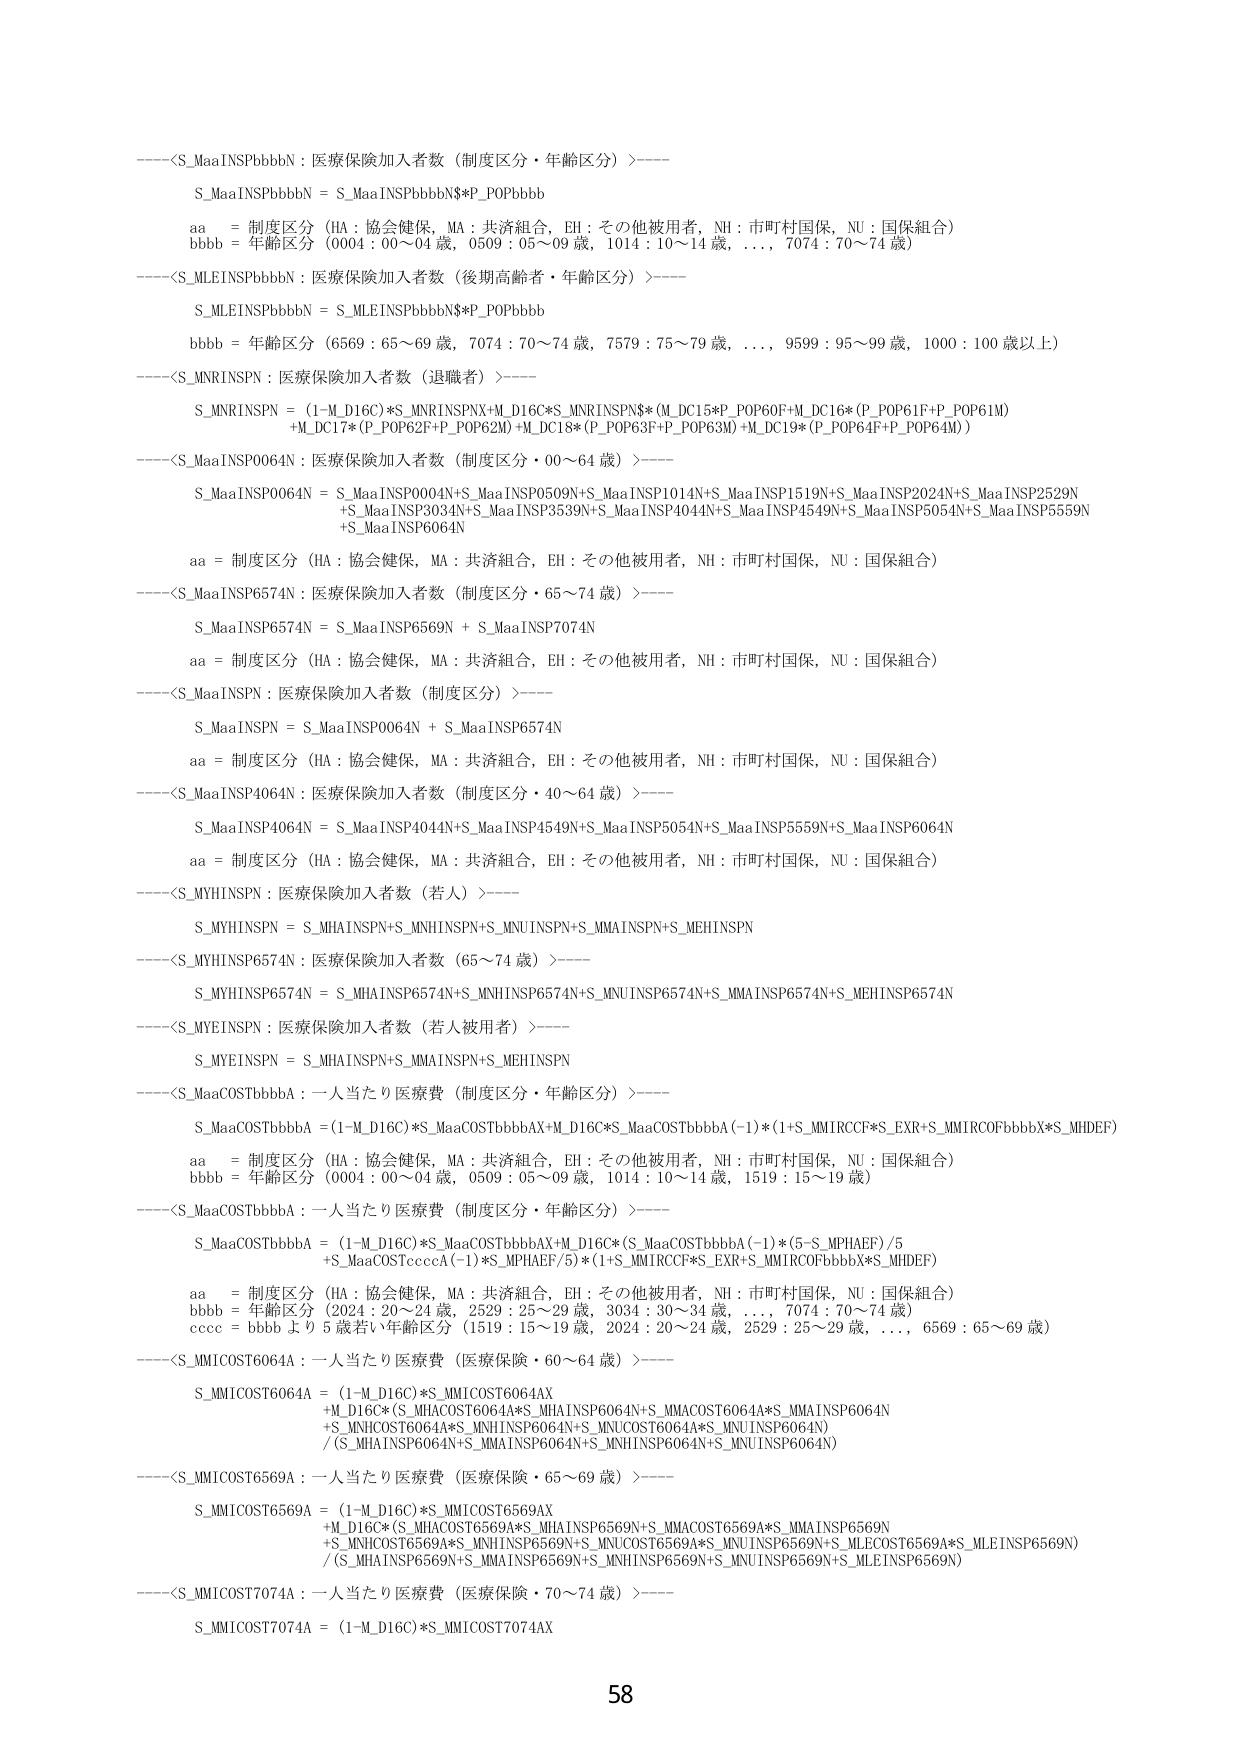
——<S_MaaINSPbbbbN：医疗保险加入者数（制度区分・年齢区分）>——
S_MaaINSPbbbbN = S_MaaINSPbbbbN$*P_POPbbbb
aa = 制度区分（HA：協会健保，MA：共済組合，EH：その他被用者，NH：市町村国保，NU：国保組合）
bbb = 年齢区分（0004：00～04歳，0509：05～09歳，1014：10～14歳，…，7074：70～74歳）

——<S_MLEINSPbbbbN：医疗保险加入者数（後期高齢者・年齢区分）>——
S_MLEINSPbbbbN = S_MLEINSPbbbbN$*P_POPbbbb
bbbb = 年齢区分（6569：65～69歳，7074：70～74歳，7579：75～79歳，…，9599：95～99歳，1000：100歳以上）

——<S_MNRINSPN：医疗保险加入者数（退職者）>——
S_MNRINSPN = (1-M_D16C)*S_MNRINSPNX+M_D16C*S_MNRINSPNS*(M_DC15*P_POP60F+M_DC16*(P_POP61F+P_POP61M)
+M_DC17*(P_POP62F+P_POP62M)+M_DC18*(P_POP63F+P_POP63M)+M_DC19*(P_POP64F+P_POP64M))

——<S_MaaINSP0064N：医疗保险加入者数（制度区分・00～64歳）>——
S_MaaINSP0064N = S_MaaINSP0004N+S_MaaINSP0509N+S_MaaINSP1014N+S_MaaINSP1519N+S_MaaINSP2024N+S_MaaINSP2529N
+S_MaaINSP3034N+S_MaaINSP3539N+S_MaaINSP4044N+S_MaaINSP4549N+S_MaaINSP5054N+S_MaaINSP5559N
+S_MaaINSP6064N
aa = 制度区分（HA：協会健保，MA：共済組合，EH：その他被用者，NH：市町村国保，NU：国保組合）

——<S_MaaINSP6574N：医疗保险加入者数（制度区分・65～74歳）>——
S_MaaINSP6574N = S_MaaINSP6569N + S_MaaINSP7074N
aa = 制度区分（HA：協会健保，MA：共済組合，EH：その他被用者，NH：市町村国保，NU：国保組合）

——<S_MaaINSPN：医疗保险加入者数（制度区分）>——
S_MaaINSPN = S_MaaINSP0064N + S_MaaINSP6574N
aa = 制度区分（HA：協会健保，MA：共済組合，EH：その他被用者，NH：市町村国保，NU：国保組合）

——<S_MaaINSP4064N：医疗保险加入者数（制度区分・40～64歳）>——
S_MaaINSP4064N = S_MaaINSP4044N+S_MaaINSP4549N+S_MaaINSP5054N+S_MaaINSP5559N+S_MaaINSP6064N
aa = 制度区分（HA：協会健保，MA：共済組合，EH：その他被用者，NH：市町村国保，NU：国保組合）

——<S_MYHINSPN：医疗保险加入者数（若人）>——
S_MYHINSPN = S_MHAINSPN+S_MNHINSPN+S_MNUINSPN+S_MMAINSPN+S_MEHINSPN

——<S_MYHINSP6574N：医疗保险加入者数（65～74歳）>——
S_MYHINSP6574N = S_MHAINSP6574N+S_MNHINSP6574N+S_MNUINSP6574N+S_MMAINSP6574N+S_MEHINSP6574N

——<S_MYEINSPN：医疗保险加入者数（若人被用者）>——
S_MYEINSPN = S_MHAINSPN+S_MMAINSPN+S_MEHINSPN

——<S_MaaCOSTbbbbA：一人当たり医療費（制度区分・年齢区分）>——
S_MaaCOSTbbbbA = (1-M_D16C)*S_MaaCOSTbbbbAX+M_D16C*S_MaaCOSTbbbbA(-1)*(1+S_MMIRCCF*S_EXR+S_MMIRCOFbbbbX*S_MHDEF)
aa = 制度区分（HA：協会健保，MA：共済組合，EH：その他被用者，NH：市町村国保，NU：国保組合）
bbbb = 年齢区分（0004：00～04歳，0509：05～09歳，1014：10～14歳，1519：15～19歳）

——<S_MaaCOSTbbbbA：一人当たり医療費（制度区分・年齢区分）>——
S_MaaCOSTbbbbA = (1-M_D16C)*S_MaaCOSTbbbbAX+M_D16C*(S_MaaCOSTbbbbA(-1)*(5-S_MPHAEF)/5
+S_MaaCOSTccccA(-1)*S_MPHAEF/5)*(1+S_MMIRCCF*S_EXR+S_MMIRCOFbbbbX*S_MHDEF)
aa = 制度区分（HA：協会健保，MA：共済組合，EH：その他被用者，NH：市町村国保，NU：国保組合）
bbbb = 年齢区分（2024：20～24歳，2529：25～29歳，3034：30～34歳，…，7074：70～74歳）
cccc = bbbbより5歳若い年齢区分（1519：15～19歳，2024：20～24歳，2529：25～29歳，…，6569：65～69歳）

——<S_MMICOST6064A：一人当たり医療費（医疗保险・60～64歳）>——
S_MMICOST6064A = (1-M_D16C)*S_MMICOST6064AX
+M_D16C*(S_MHACOST6064A*S_MHAINSP6064N+S_MMACOST6064A*S_MMAINSP6064N
+S_MNH COST6064A*S_MNHINSP6064N+S_MNUCOST6064A*S_MNUINSP6064N)
/(S_MHAINSP6064N+S_MMAINSP6064N+S_MNHINSP6064N+S_MNUINSP6064N)

——<S_MMICOST6569A：一人当たり医療費（医疗保险・65～69歳）>——
S_MMICOST6569A = (1-M_D16C)*S_MMICOST6569AX
+M_D16C*(S_MHACOST6569A*S_MHAINSP6569N+S_MMACOST6569A*S_MMAINSP6569N
+S_MNH COST6569A*S_MNHINSP6569N+S_MNUCOST6569A*S_MNUINSP6569N+S_MLECOST6569A*S_MLEINSP6569N)
/(S_MHAINSP6569N+S_MMAINSP6569N+S_MNHINSP6569N+S_MNUINSP6569N+S_MLEINSP6569N)

——<S_MMICOST7074A：一人当たり医療費（医疗保险・70～74歳）>——
S_MMICOST7074A = (1-M_D16C)*S_MMICOST7074AX

58